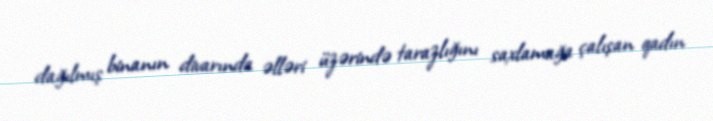
dağılmış binanın divarında əlləri üzərində tarazlığını saxlamağa çalışan qadın